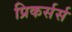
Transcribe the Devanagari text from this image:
प्रिकर्सर्स